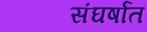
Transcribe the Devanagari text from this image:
संघर्षांत